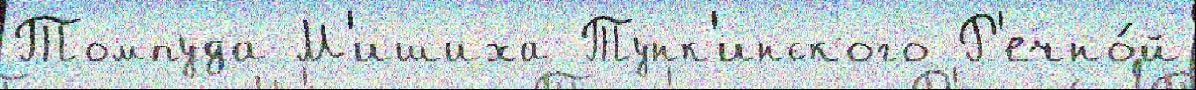
Томпуда М'ишиха Тунк'инского Р'ечно́й